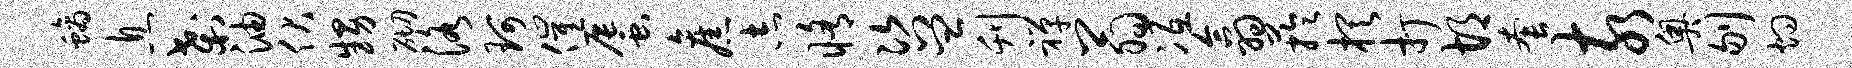
螭息刹油伏甥砌洛珂催蜃旧志修咨皿刊禅翁冱翕芋棋打胡套亥奥刎灼